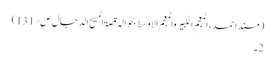
(مسند احمد ، المعجم الکبیر والمعجم الاوسط بحوالہ قصۃ المسیح الدجال ص؍131)
2۔